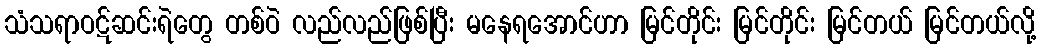
သံသရာဝဋ်ဆင်းရဲတွေ တစ်ဝဲ လည်လည်ဖြစ်ပြီး မနေရအောင်ဟာ မြင်တိုင်း မြင်တိုင်း မြင်တယ် မြင်တယ်လို့